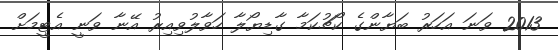
2013 ވަނަ އަހަރު ބަޔާންގެ ކޯޗުކަމާ ގާޑިޔޯލާ ހަވާލުވިއިރު އޭނާ ވަނީ އެޓީމަށް